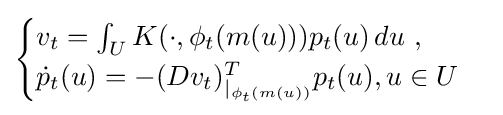
{\begin{cases}v_{t}=\textstyle \int _{U}\displaystyle K(\cdot ,\phi _{t}(m(u)))p_{t}(u)\,du\ ,\\{\dot {p}}_{t}(u)=-(Dv_{t})_{|_{\phi _{t}(m(u))}}^{T}p_{t}(u),u\in U\end{cases}}